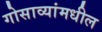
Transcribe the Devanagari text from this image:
गोसाव्यांमधील